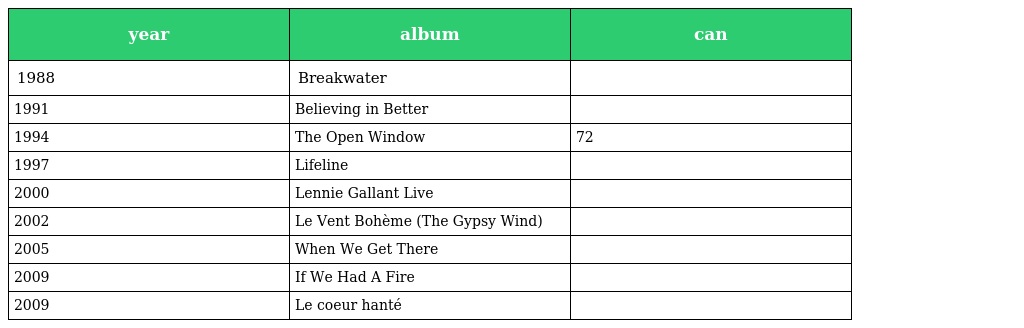
| year | album | can |
 | --- | --- | --- |
 | 1988 | Breakwater |  |
 | 1991 | Believing in Better |  |
 | 1994 | The Open Window | 72 |
 | 1997 | Lifeline |  |
 | 2000 | Lennie Gallant Live |  |
 | 2002 | Le Vent Bohème (The Gypsy Wind) |  |
 | 2005 | When We Get There |  |
 | 2009 | If We Had A Fire |  |
 | 2009 | Le coeur hanté |  |